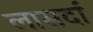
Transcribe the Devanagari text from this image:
लासर्दा